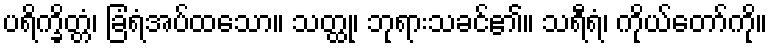
ပရိက္ခိတ္တံ၊ ခြံရံအပ်ထသော။ သတ္ထု၊ ဘုရားသခင်၏။ သရီရံ၊ ကိုယ်တော်ကို။